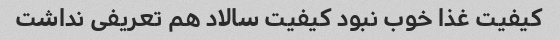
کیفیت غذا خوب نبود کیفیت سالاد هم تعریفی نداشت